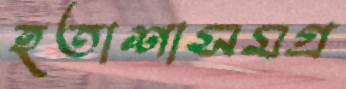
হতাশাসমগ্র